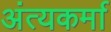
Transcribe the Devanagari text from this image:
अंत्यकर्मा